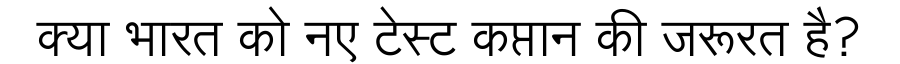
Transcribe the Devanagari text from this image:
क्या भारत को नए टेस्ट कप्तान की जरूरत है?